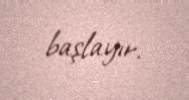
başlayır.